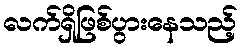
လက်ရှိဖြစ်ပွားနေသည့်